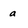
Character: a